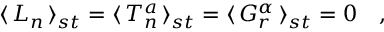
\langle \, L _ { n } \, \rangle _ { s t } = \langle \, T _ { n } ^ { a } \, \rangle _ { s t } = \langle \, G _ { r } ^ { \alpha } \, \rangle _ { s t } = 0 \quad ,